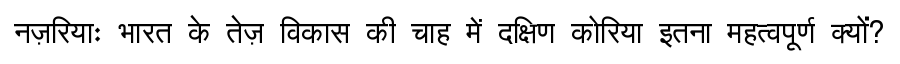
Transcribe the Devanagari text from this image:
नज़रियाः भारत के तेज़ विकास की चाह में दक्षिण कोरिया इतना महत्वपूर्ण क्यों?